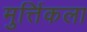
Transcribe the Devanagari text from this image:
मुर्त्तिकला